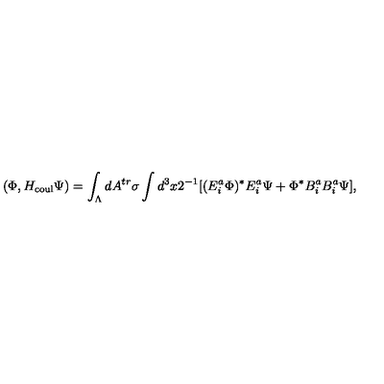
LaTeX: ( \Phi , H _ { \mathrm { c o u l } } \Psi ) = \int _ { \Lambda } d A ^ { t r } \sigma \int d ^ { 3 } x 2 ^ { - 1 } [ ( E _ { i } ^ { a } \Phi ) ^ { * } E _ { i } ^ { a } \Psi + \Phi ^ { * } B _ { i } ^ { a } B _ { i } ^ { a } \Psi ] \mathrm { , }